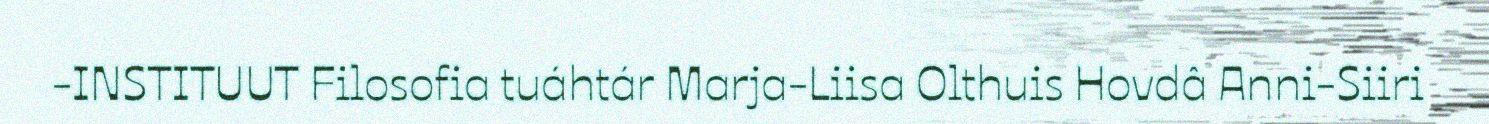
-INSTITUUT Filosofia tuáhtár Marja-Liisa Olthuis Hovdâ Anni-Siiri